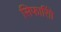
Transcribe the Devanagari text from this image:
सिफारिाों